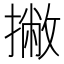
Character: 撇